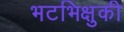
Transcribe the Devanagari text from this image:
भटभिक्षुकी